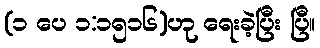
(၁ ပေ ၁:၁၅၁၆)ဟု ရေးခဲ့ပြီး ပြီ။